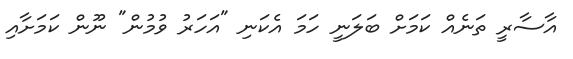
އާސާރީ ތަނެއް ކަމަށް ބަލަނީ ހަމަ އެކަނި "އަހަރު ވުމުން" ނޫން ކަމަށާއި